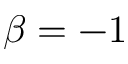
\beta = - 1